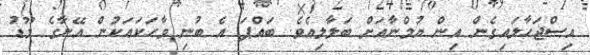
އިސްޖަހާލައިގެން އިން ޔުމްނާއަށް ބަލާލިއެވެ. ބައްޕަ އެ ބުނި ވާހަކައަކުން އޭނާގެ މޫޑު